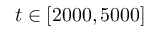
t \in [ 2 0 0 0 , 5 0 0 0 ]